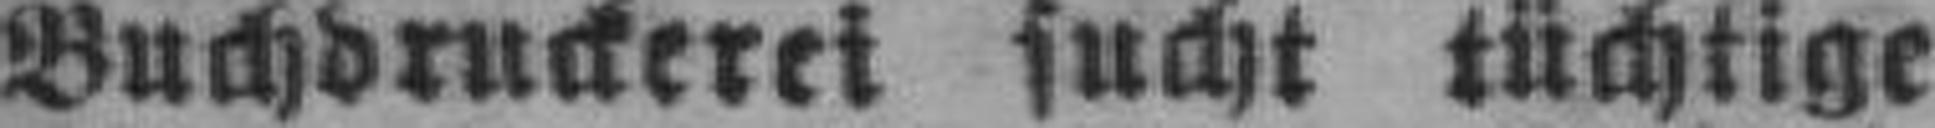
Buchdruckerei sucht tüchtige